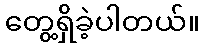
တွေ့ရှိခဲ့ပါတယ်။